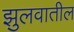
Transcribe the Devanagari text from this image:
झुलवातील